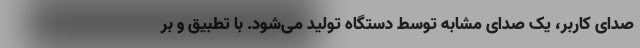
صدای کاربر، یک صدای مشابه توسط دستگاه تولید می‌شود. با تطبیق و بر